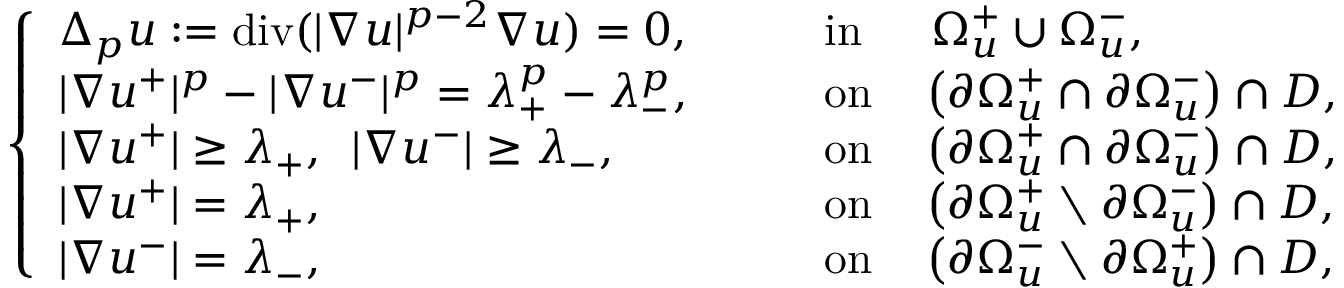
\left\{ \begin{array} { l l } { \Delta _ { p } u : = \mathrm { d i v } ( | \nabla u | ^ { p - 2 } \nabla u ) = 0 , } & { \qquad \mathrm { i n } \quad \, \, \, \Omega _ { u } ^ { + } \cup \Omega _ { u } ^ { - } , } \\ { | \nabla u ^ { + } | ^ { p } - | \nabla u ^ { - } | ^ { p } = \lambda _ { + } ^ { p } - \lambda _ { - } ^ { p } , } & { \qquad \mathrm { o n } \quad \left( \partial \Omega _ { u } ^ { + } \cap \partial \Omega _ { u } ^ { - } \right) \cap D , } \\ { | \nabla u ^ { + } | \geq \lambda _ { + } , \, \, \, | \nabla u ^ { - } | \geq \lambda _ { - } , } & { \qquad \mathrm { o n } \quad \left( \partial \Omega _ { u } ^ { + } \cap \partial \Omega _ { u } ^ { - } \right) \cap D , } \\ { | \nabla u ^ { + } | = \lambda _ { + } , } & { \qquad \mathrm { o n } \quad \left( \partial \Omega _ { u } ^ { + } \setminus \partial \Omega _ { u } ^ { - } \right) \cap D , } \\ { | \nabla u ^ { - } | = \lambda _ { - } , } & { \qquad \mathrm { o n } \quad \left( \partial \Omega _ { u } ^ { - } \setminus \partial \Omega _ { u } ^ { + } \right) \cap D , } \end{array} \right.